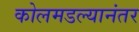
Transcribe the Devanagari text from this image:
कोलमडल्यानंतर